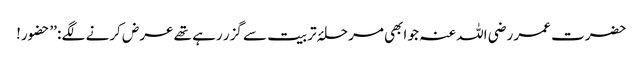
حضرت عمر رضی اللہ عنہ جو ابھی مرحلۂ تربیت سے گزر رہے تھے عرض کرنے لگے : ’’حضور!